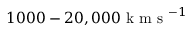
1 0 0 0 - 2 0 , 0 0 0 \mathrm { ~ k ~ m ~ s ~ } ^ { - 1 }